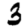
Digit: 3